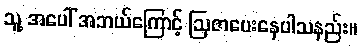
သူ့ အပေါ် အဘယ်ကြောင့် ဩဇာပေးနေပါသနည်း။